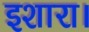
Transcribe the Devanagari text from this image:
इशारा।